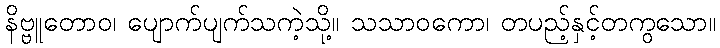
နိဗ္ဗူတောဝ၊ ပျောက်ပျက်သကဲ့သို့။ သသာဝကော၊ တပည့်နှင့်တကွသော။